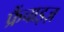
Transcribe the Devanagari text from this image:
फ्रैंचाइज़